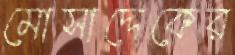
মোসাদ্দেকের